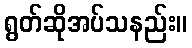
ရွတ်ဆိုအပ်သနည်း။